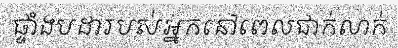
ផ្ទាំងបដារបស់អ្នកនៅពេលជាក់លាក់